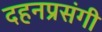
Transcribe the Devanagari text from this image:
दहनप्रसंगी